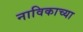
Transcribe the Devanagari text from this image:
नाविकाच्या